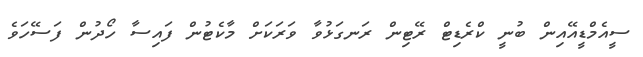
ސީއެމްޑީއޭއިން ބުނީ ކްރެޑިޓް ރޭޓިން ރަނގަޅުވާ ވަރަކަށް މާކެޓުން ފައިސާ ހޯދުން ފަސޭހަވެ